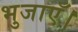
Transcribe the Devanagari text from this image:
भुजाएँ।